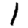
Digit: 1